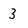
Character: 3